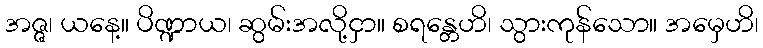
အဇ္ဇ၊ ယနေ့။ ပိဏ္ဍာယ၊ ဆွမ်းအလို့ငှာ။ စရန္တေဟိ၊ သွားကုန်သော။ အမှေဟိ၊